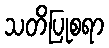
သတိပြုစရာ